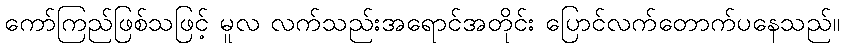
ကော်ကြည်ဖြစ်သဖြင့် မူလ လက်သည်းအရောင်အတိုင်း ပြောင်လက်တောက်ပနေသည်။